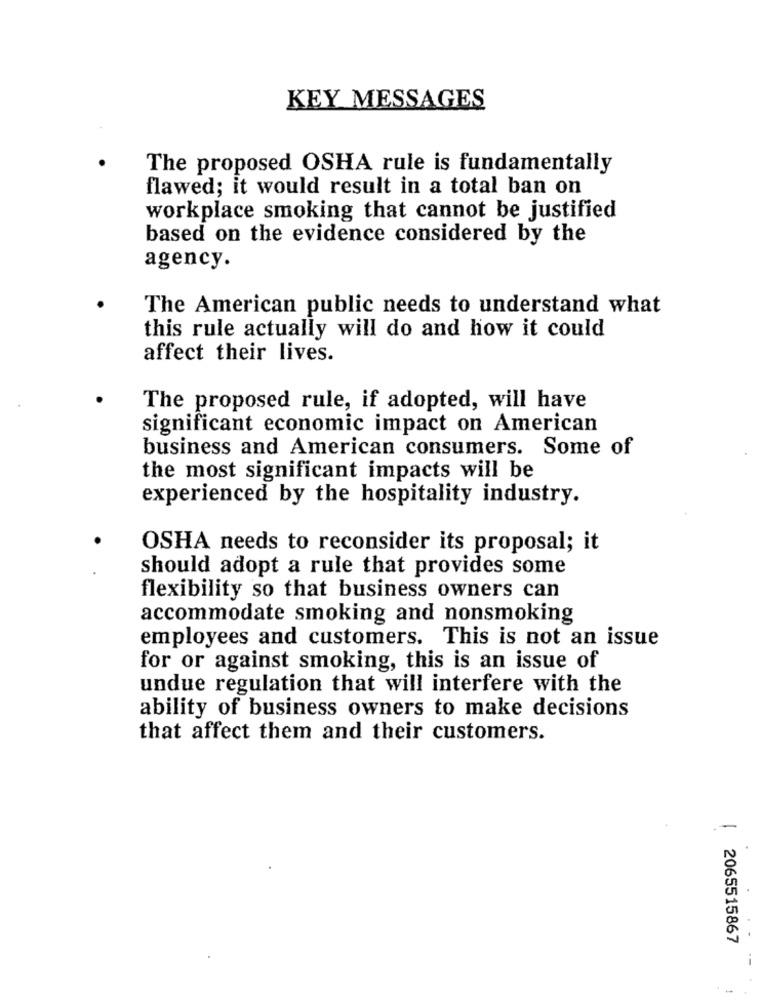
KEY MESSAGES
The proposed OSHA rule is fundamentally
flawed; it would result in a total ban on
workplace smoking that cannot be justified
based on the evidence considered by the
agency.
The American public needs to understand what
this rule actually will do and how it could
affect their lives.
The proposed rule, if adopted, will have
significant economic impact on American
business and American consumers. Some of
the most significant impacts will be
experienced by the hospitality industry.
OSHA needs to reconsider its proposal; it
should adopt a rule that provides some
flexibility so that business owners can
accommodate smoking and nonsmoking
employees and customers. This is not an issue
for or against smoking, this is an issue of
undue regulation that will interfere with the
ability of business owners to make decisions
that affect them and their customers.
2065515867
--